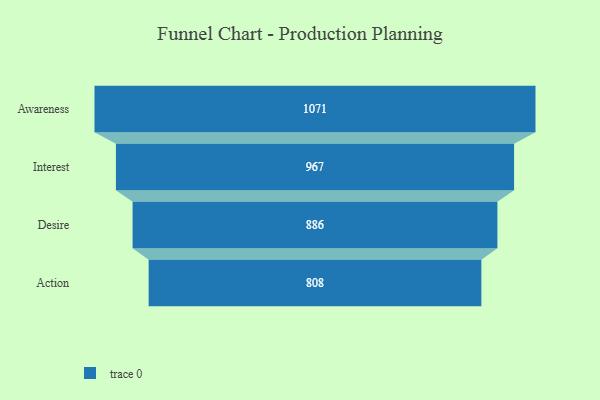
{"axis": {"x": "Stage", "y": "Value"}, "legend": [""], "data": [{"x": "Awareness", "y": 1071.0, "type": ""}, {"x": "Interest", "y": 967.0, "type": ""}, {"x": "Desire", "y": 886.0, "type": ""}, {"x": "Action", "y": 808.0, "type": ""}]}